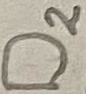
Text: D2